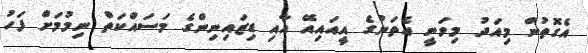
އެގޮތުން މިއަދު މިވަނީ އެތަނުގެ އީއައިއޭ އާއި ޑިޒައިނިންގެ މަސައްކަތް ނިމުމަށް ފަހު